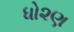
ધો૨ણ